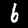
Label: 6